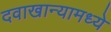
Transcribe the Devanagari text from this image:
दवाखान्यामध्ये